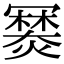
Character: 𤏷